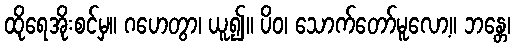
ထိုရေအိုးစင်မှ။ ဂဟေတွာ၊ ယူ၍။ ပိဝ၊ သောက်တော်မူလော့။ ဘန္တေ၊